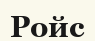
Ройс